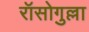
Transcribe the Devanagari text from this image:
रॉसोगुल्ला